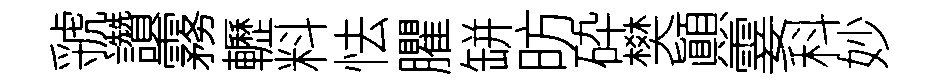
虢讚霧轣料怯臞缾昉砕樊顚霎科妙